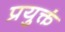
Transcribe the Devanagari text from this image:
प्रयुक्तं